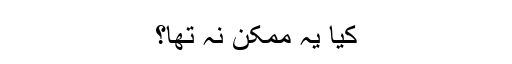
کیا یہ ممکن نہ تھا؟